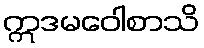
ဣဒမဝေါစာသိ